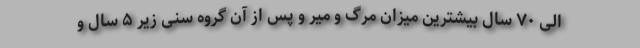
الی ۷۰ سال بیشترین میزان مرگ و میر و پس از آن گروه سنی زیر ۵ سال و